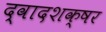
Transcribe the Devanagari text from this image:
द्वादशक्षर